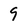
Character: 9